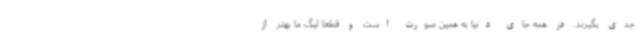
جدی بگیرند. در همه جای دنیا به همین صورت است و قطعا لیگ ما بهتر از